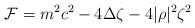
LaTeX: \begin{align*}{\cal F}=m^2c^2-4\Delta \zeta -4|\rho |^2\zeta ^2\;\;\end{align*}